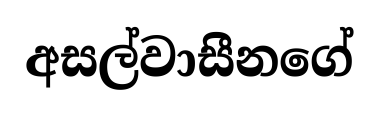
අසල්වාසීනගේ